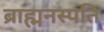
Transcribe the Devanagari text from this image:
ब्राह्मनस्पति